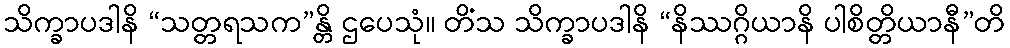
သိက္ခာပဒါနိ “သတ္တရသက”န္တိ ဌပေသုံ။ တိံသ သိက္ခာပဒါနိ “နိဿဂ္ဂိယာနိ ပါစိတ္တိယာနီ”တိ